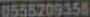
0555209358